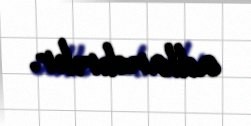
adlandırılır.